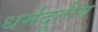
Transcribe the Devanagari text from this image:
धर्मदूतीय